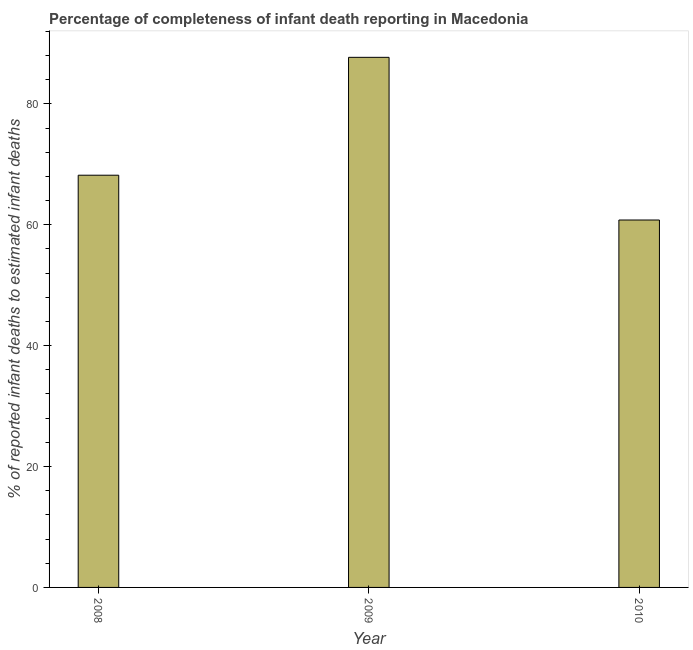
| Year | Completeness of infant death reporting |
 | --- | --- |
 | 2008 | 68.2 |
 | 2009 | 87.7 |
 | 2010 | 60.8 |